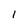
Character: 1